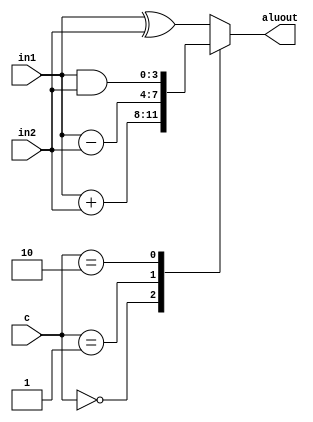
`timescale 1ns / 1ps
//////////////////////////////////////////////////////////////////////////////////
// Company: 
// Engineer: 
// 
// Design Name: 
// Module Name: ALU
// Project Name: 
// Target Devices: 
// Tool Versions: 
// Description: 
// 
// Dependencies: 
// 
// Revision:
// Revision 0.01 - File Created
// Additional Comments:
// 
//////////////////////////////////////////////////////////////////////////////////


module Calc_ALU #(parameter Data_width = 4)(
input [Data_width - 1:0] in1, in2,
input [1:0] c,
output reg [Data_width - 1:0] aluout
);

always @ (in1, in2, c)
begin
        case(c)
            2'b00:      aluout = in1 + in2;
            2'b01:      aluout = in1 - in2;
            2'b10:      aluout = in1 & in2;
            default:    aluout = in1 ^ in2; //2'b11
        endcase
end
endmodule